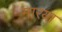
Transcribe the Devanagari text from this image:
मारया